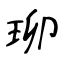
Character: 珋